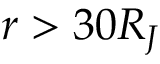
r > 3 0 R _ { J }